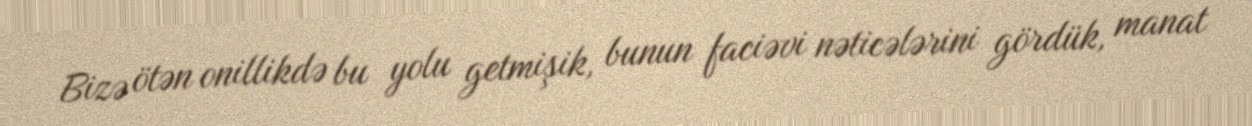
Bizə ötən onillikdə bu yolu getmişik, bunun faciəvi nəticələrini gördük, manat